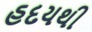
હદયથી